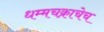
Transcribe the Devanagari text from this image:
धम्मचक्राचेच